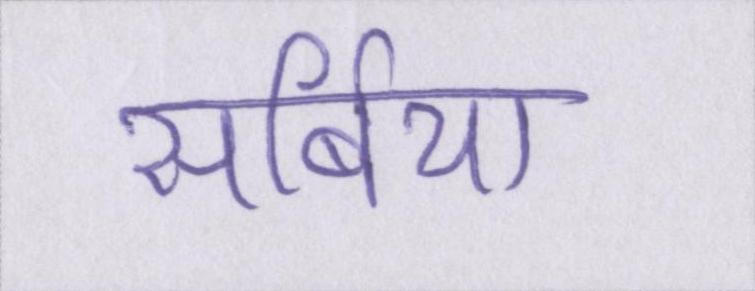
सर्बिया